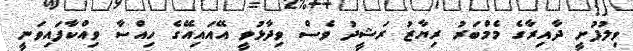
ވިލުފުށީ ދާއިރާގެ މެމްބަރު ރިޔާޒު ރަޝީދު ވެސް ވިދާޅުވީ އޭއައިއޭގެ ހިއްސާ ވިއްކާފައިވަނީ